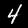
Digit: 4